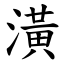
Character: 潢